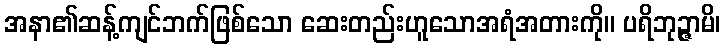
အနာ၏ဆန့်ကျင်ဘက်ဖြစ်သော ဆေးတည်းဟူသောအရံအတားကို။ ပရိဘုဉ္ဇာမိ၊